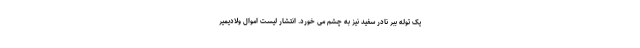
یک توله ببر نادر سفید نیز به چشم می خورد. انتشار لیست اموال ولادیمیر